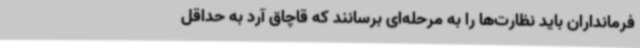
فرمانداران باید نظارت‌ها را به مرحله‌ای برسانند که قاچاق آرد به حداقل